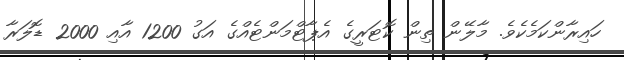
ހައިރާންކަމެކެވެ. މާލޭން ތިން ކޮޓަރީގެ އެޕާޓްމަންޓެއްގެ އަގު 1200 އާއި 2000 ޑޮލަރާ